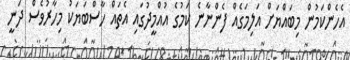
އެހެންކަމުން މިބައްޔަށް އަލިމަގެއް ފެންނާނެ ކަމުގެ އުއްމީދުގައި އެތައް ހާސްބަޔަކު މިހާރުވެސް ދަނީ